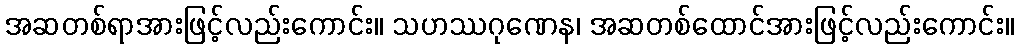
အဆတစ်ရာအားဖြင့်လည်းကောင်း။ သဟဿဂုဏေန၊ အဆတစ်ထောင်အားဖြင့်လည်းကောင်း။